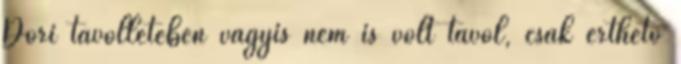
Dóri távollétében vagyis nem is volt távol, csak érthető